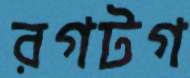
রগটগ